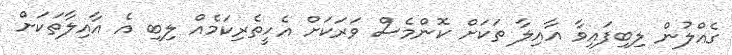
ގެއްލުން ލިބިފައިވާ އާއިލާ ތަކަށް ކޮންމެސް ވަރަކަށް އެހީތެރިކަމެއް ލިބި އެ އާއިލާތަކަށް